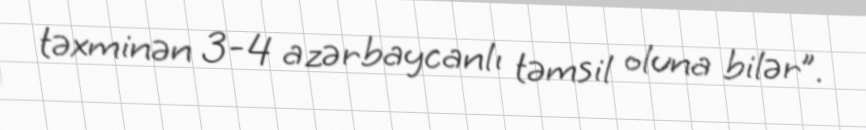
təxminən 3-4 azərbaycanlı təmsil oluna bilər”.